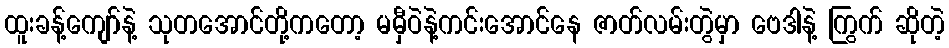
ထူးခန့်ကျော်နဲ့ သုတအောင်တို့ကတော့ မမှီဝဲနဲ့ကင်းအောင်နေ ဇာတ်လမ်းတွဲမှာ ဗေဒါနဲ့ ကြွက် ဆိုတဲ့